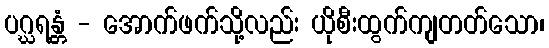
ပဂ္ဃရန္တံ - အောက်ဖက်သို့လည်း ယိုစီးထွက်ကျတတ်သော၊